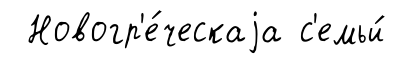
Новогр'е́ческаjа с'емьи́